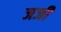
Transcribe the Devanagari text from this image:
जजी